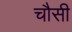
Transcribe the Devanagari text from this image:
चौसी